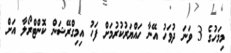
މިމަހުގެ 3 ވަނަ ދުވަހު އޭނާ ހައްޔަރުކުރުމަށް ފަހު އިމިގްރޭޝަން ކޮންޓްރޯލާ އަށް